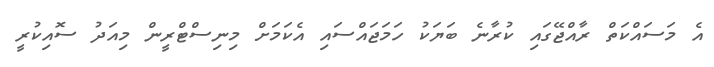
އެ މަސައްކަތް ރާއްޖޭގައި ކުރާނެ ބަޔަކު ހަމަޖައްސައި އެކަމަށް މިނިސްޓްރީން މިއަދު ސޮއިކުރީ